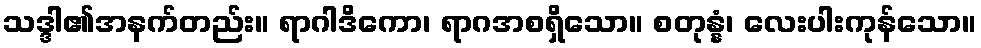
သဒ္ဒါ၏အနက်တည်း။ ရာဂါဒိကော၊ ရာဂအစရှိသော။ စတုန္နံ၊ လေးပါးကုန်သော။